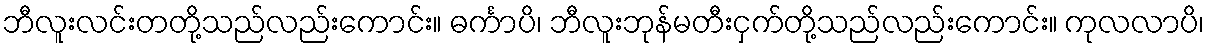
ဘီလူးလင်းတတို့သည်လည်းကောင်း။ ဓင်္ကာပိ၊ ဘီလူးဘုန်မတီးငှက်တို့သည်လည်းကောင်း။ ကုလလာပိ၊